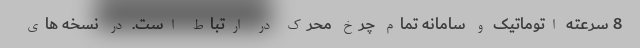
8 سرعته اتوماتیک و سامانه تمام چرخ محرک در ارتباط است. در نسخه های